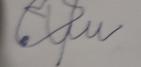
Signature authenticity: forged